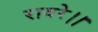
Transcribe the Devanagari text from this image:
रावरे।।